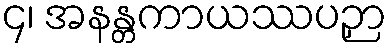
၄၊ အနန္တကာယဿပဉှာ